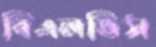
বিএলভিস